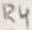
Text: R4